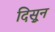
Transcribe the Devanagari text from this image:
दिसुून